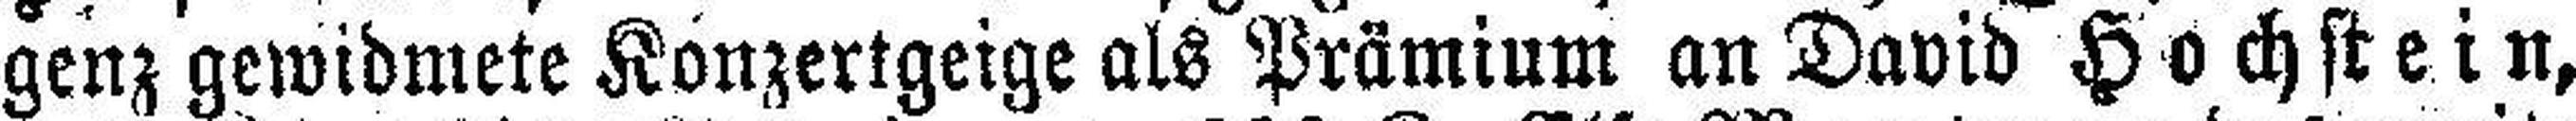
genz gewidmete Konzertgeige als Prämium an David Höchstein,